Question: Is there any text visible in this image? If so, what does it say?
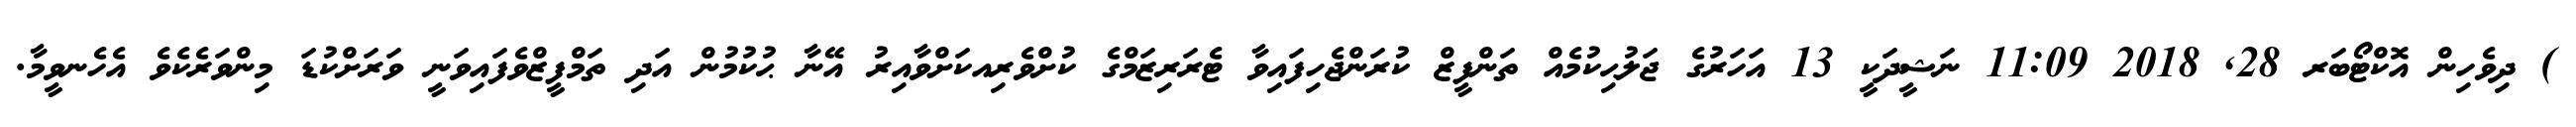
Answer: ) ދިވެހިން އޮކްޓޯބަރ 28, 2018 11:09 ނަޝީދަކީ 13 އަހަރުގެ ޖަލުޙިކުމެއް ތަންފީޒް ކުރަންޖެހިފައިވާ ޓެރަރިޒަމްގެ ކުށްވެރިއކަށްވާއިރު އޭނާ ޙުކުމުން އަދި ތަމްފީޒްވެފައިވަނީ ވަރަށްކުޑަ މިންވަރެކެވެ އެހެނވީމާ.